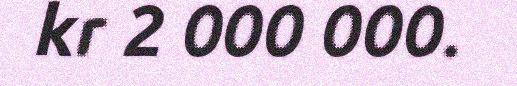
kr 2 000 000.